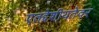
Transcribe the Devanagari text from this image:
एतद्देशीयतेवर